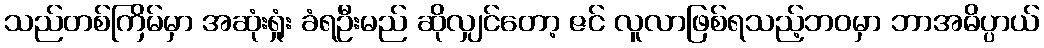
သည်တစ်ကြိမ်မှာ အဆုံးရှုံး ခံရဦးမည် ဆိုလျှင်တော့ ဇင် လူလာဖြစ်ရသည့်ဘဝမှာ ဘာအဓိပ္ပာယ်